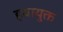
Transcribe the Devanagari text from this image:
हवायुक्त